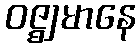
ဝဇ္ဈမာနေ